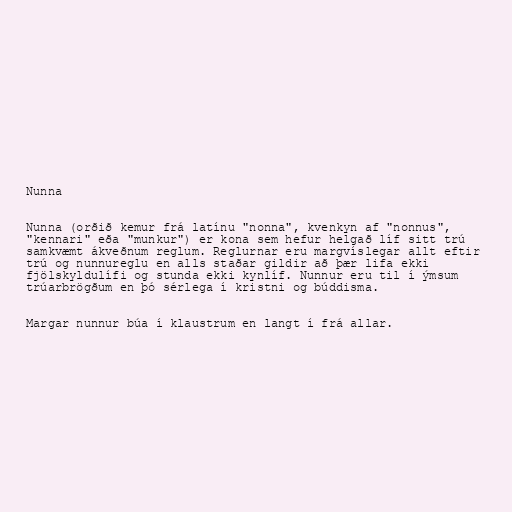
Nunna

Nunna (orðið kemur frá latínu "nonna", kvenkyn af "nonnus",
"kennari" eða "munkur") er kona sem hefur helgað líf sitt trú
samkvæmt ákveðnum reglum. Reglurnar eru margvíslegar allt eftir
trú og nunnureglu en alls staðar gildir að þær lifa ekki
fjölskyldulífi og stunda ekki kynlíf. Nunnur eru til í ýmsum
trúarbrögðum en þó sérlega í kristni og búddisma.

Margar nunnur búa í klaustrum en langt í frá allar.